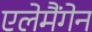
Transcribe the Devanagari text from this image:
एलेमैंगेन